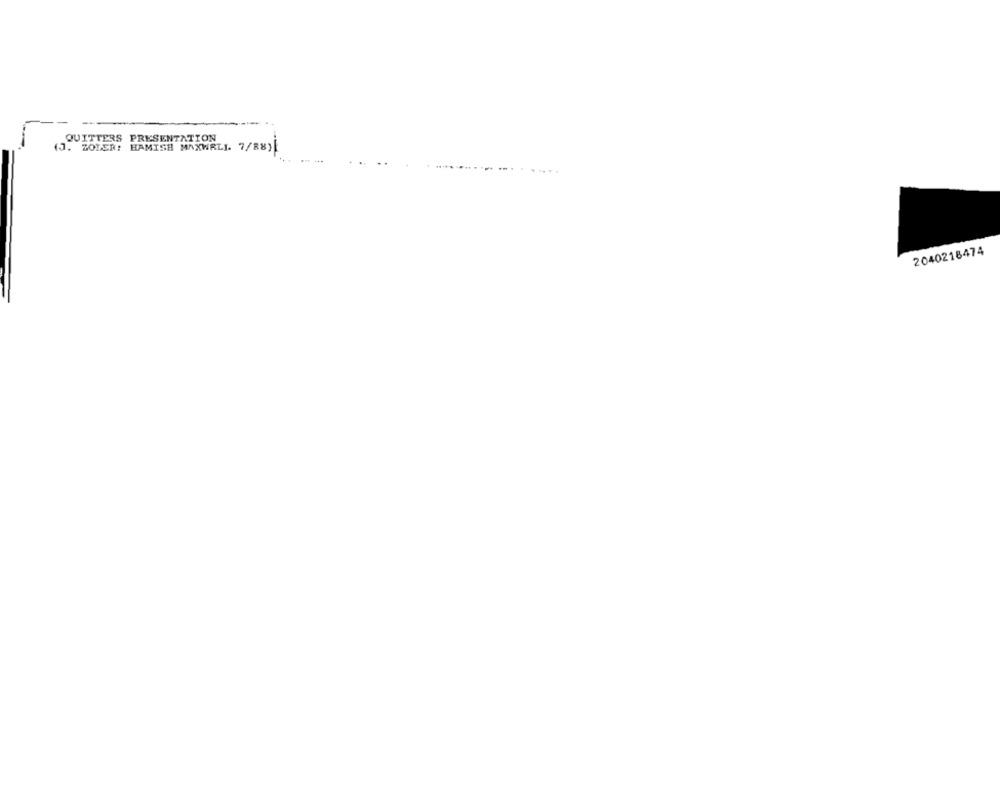
QUITTERS PRESENTATION
. SOLER!
HAMISH MAXWALI. 7/88)
2040218474